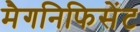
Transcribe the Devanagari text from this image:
मैगनिफिसेंट